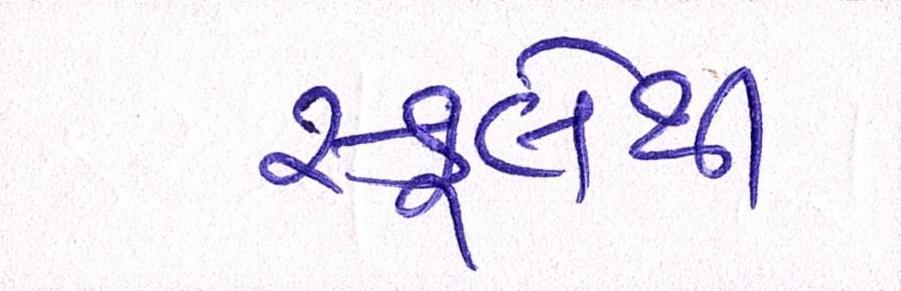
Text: સ્કૂલેથી